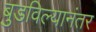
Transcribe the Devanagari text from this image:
बुडविल्यानंतर